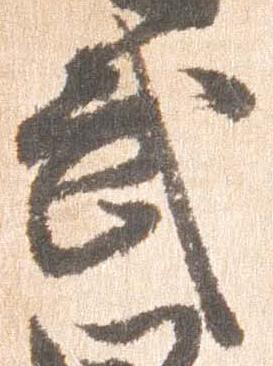
武